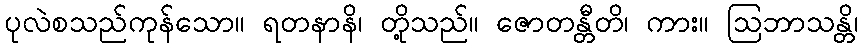
ပုလဲစသည်ကုန်သော။ ရတနာနိ၊ တို့သည်။ ဇောတန္တီတိ၊ ကား။ ဩဘာသန္တိ၊